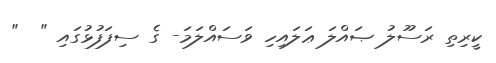
ކީރިތި ރަސޫލު ޞައްލަ ޢަލައިހި ވަސައްލަމަ- ގެ ސިފަފުޅުގައި "  "